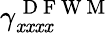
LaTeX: \gamma_{\mathit{x}\mathit{x}\mathit{x}\mathit{x}}^{\mathrm{{~D~F~W~M~}}}